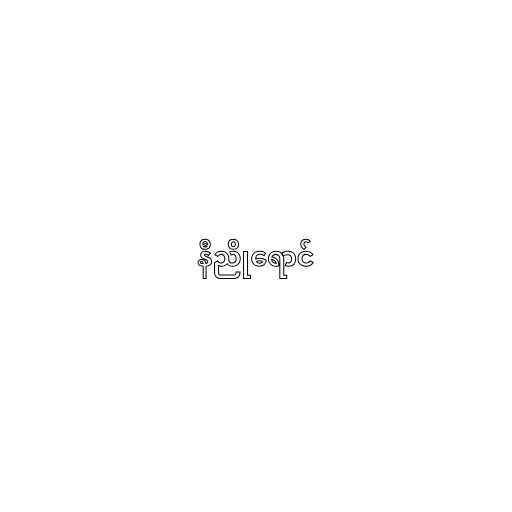
နီညိုရောင်